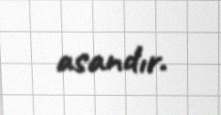
asandır.